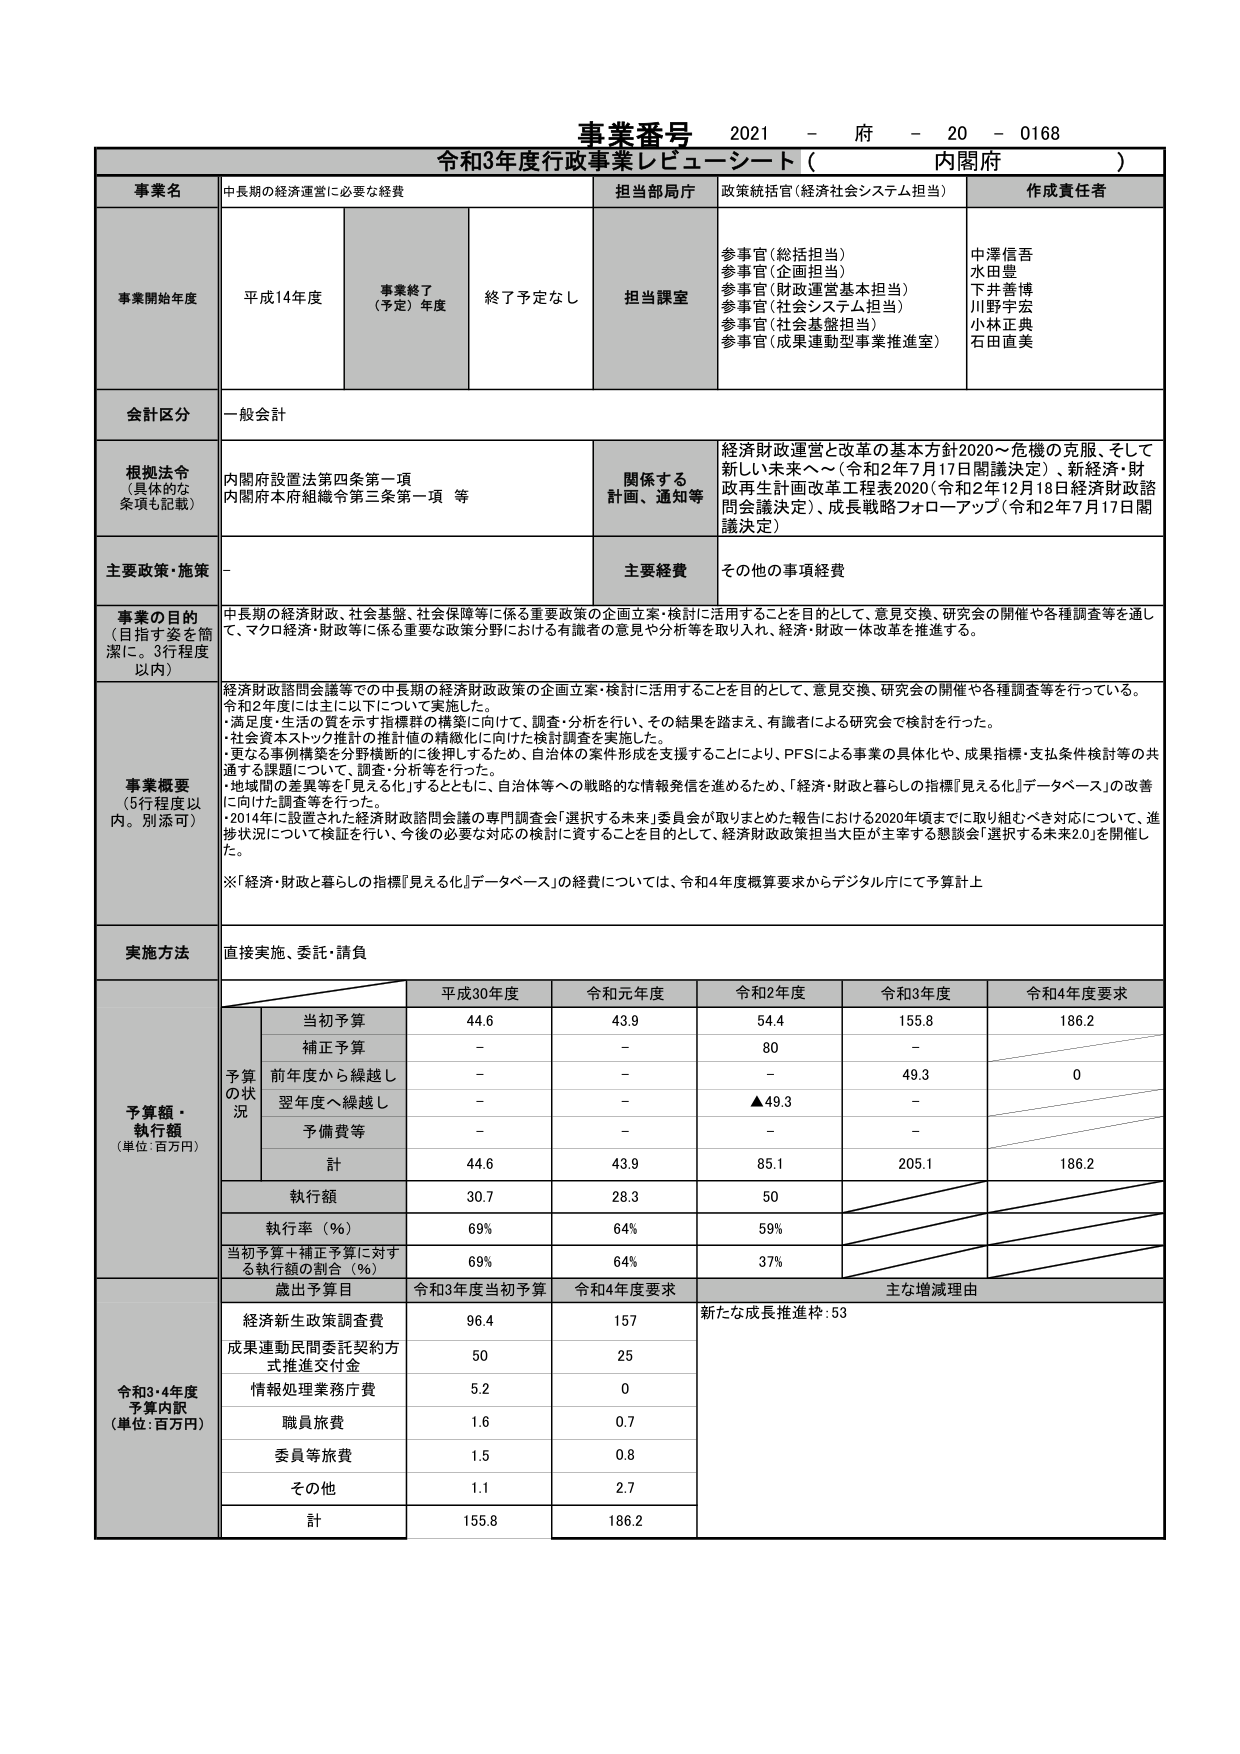
事業番号 2021 - 府 - 20 - 0168
令和3年度行政事業レビュー シート（ 内閣府 ）

事業名 中長期の経済運営に必要な経費
担当部局庁 政策統括官（経済社会システム担当）
作成責任者

事業開始年度 平成14年度
事業終了（予定）年度 終了予定なし
担当課室
参事官（総括担当）
参事官（企画担当）
参事官（財政運営基本担当）
参事官（社会システム担当）
参事官（社会基盤担当）
参事官（成果運動型事業推進室）
中澤信吾
水田豊
下井善博
川野宇宏
小林正典
石田直美

会計区分 一般会計

根拠法令（具体的な条項も記載）
内閣府設置法第四条第一項
内閣府本府組織令第三条第一項 等
関係する計画、通知等
経済財政運営と改革の基本方針2020～危機の克服、そして新しい未来へ～（令和2年7月17日閣議決定）、新経済・財政再生計画改革工程表2020（令和2年12月18日経済財政諮問会議決定）、成長戦略フォローアップ（令和2年7月17日閣議決定）

主要政策・施策 -
主要経費 その他の事項経費

事業の目的（目指す姿を簡潔に。3行程度以内）
中長期の経済財政、社会基盤、社会保障等に係る重要政策の企画立案・検討に活用することを目的として、意見交換、研究会の開催や各種調査等を通じて、マクロ経済・財政等に係る重要な政策分野における有識者の意見や分析等を取り入れ、経済・財政改革を推進する。

事業概要（5行程度以内。別添可）
経済財政諮問会議等での中長期の経済財政政策の企画立案・検討に活用することを目的として、意見交換、研究会の開催や各種調査等を行っている。
令和2年度には主に以下について実施した。
・満足度・生活の質を示す指標群の構築に向け、調査・分析を行い、その結果を踏まえ、有識者による研究会で検討を行った。
・社会資本ストック推計の推計値の精緻化に向けた検討調査を実施した。
・更なる事例構築を分野横断的に後押しするため、自治体の案件形成を支援することにより、PFSによる事業の具体化や、成果指標・支払条件検討等の共通する課題について、調査・分析等を行った。
・地域間の差異等を見える化するとともに、自治体等への戦略的な情報発信を進めるため、「経済・財政と暮らしの指標『見える化』データベース」の改善に向けた調査等を行った。
・2014年に設置された経済財政諮問会議の専門調査会「選択する未来」委員会が取りまとめた報告における2020年頃までに取り組むべき対応について、進捗状況について検証を行い、今後の必要な対応の検討に資することを目的として、経済財政政策担当大臣が主宰する懇談会「選択する未来2.0」を開催した。
※「経済・財政と暮らしの指標『見える化』データベース」の経費については、令和4年度概算要求からデジタル庁にて予算計上

実施方法 直接実施、委託・請負

予算額・執行額（単位：百万円）
予算の状況
平成30年度 令和元年度 令和2年度 令和3年度 令和4年度要求
当初予算 44.6 43.9 54.4 155.8 186.2
補正予算 - - 80 -
前年度から繰越し - - - 49.3 0
翌年度へ繰越し - - ▲49.3 -
予備費等 - - - -
計 44.6 43.9 85.1 205.1 186.2
執行額 30.7 28.3 50
執行率（％） 69% 64% 59%
当初予算＋補正予算に対する執行額の割合（％） 69% 64% 37%

歳出予算目 令和3年度当初予算 令和4年度要求 主な増減理由
経済新生政策調査費 96.4 157 新たな成長推進枠：53
成果運動民間委託契約方式推進交付金 50 25
情報処理業務庁費 5.2 0
職員旅費 1.6 0.7
委員等旅費 1.5 0.8
その他 1.1 2.7
計 155.8 186.2

令和3・4年度予算内訳（単位：百万円）